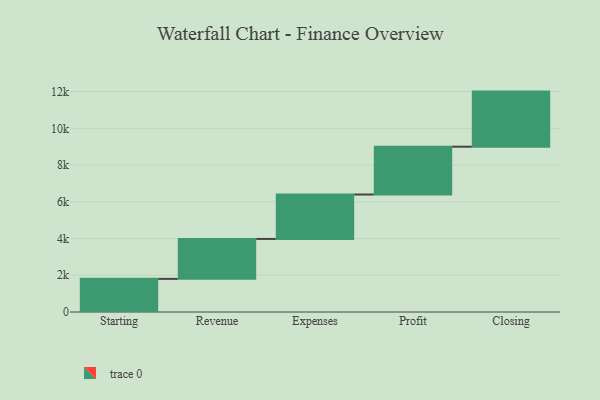
{"axis": {"x": "Step", "y": "Value"}, "legend": [""], "data": [{"x": "Starting", "y": 1804.0, "type": ""}, {"x": "Revenue", "y": 2174.0, "type": ""}, {"x": "Expenses", "y": 2419.0, "type": ""}, {"x": "Profit", "y": 2604.0, "type": ""}, {"x": "Closing", "y": 3000, "type": ""}]}